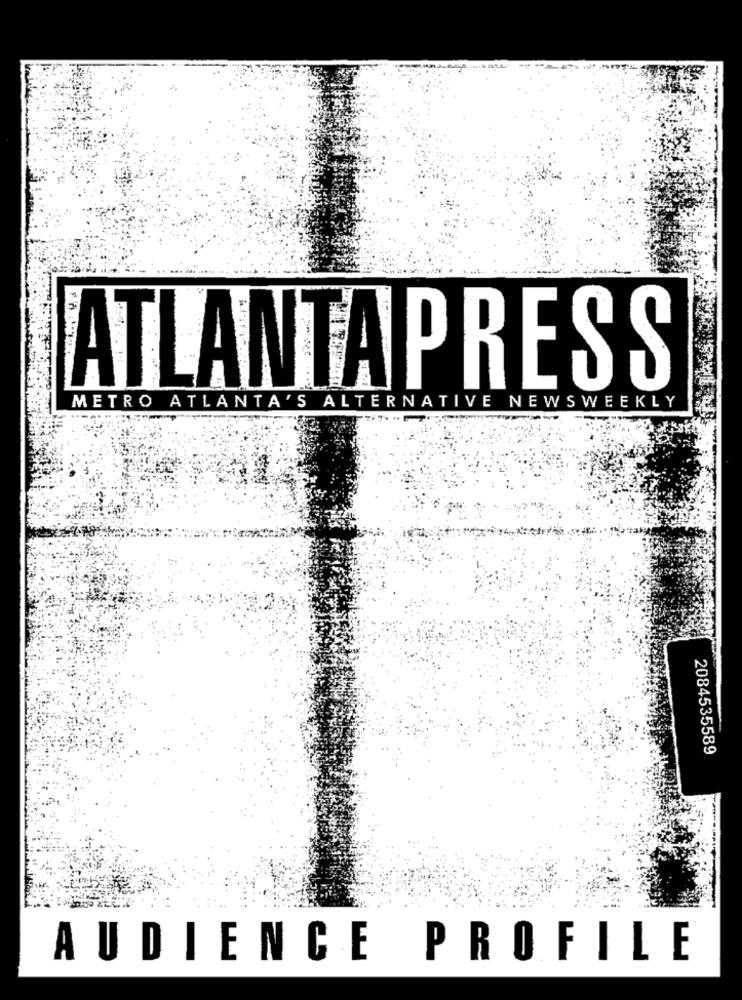
ATLANTAPRESS
METRO ATLANTA'S ALTERNATIVE NEWSWEEKLY
2084535589
AUDIENCE PROFILE